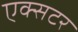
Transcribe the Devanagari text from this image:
एक्सटर